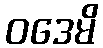
ဝဒေမိ